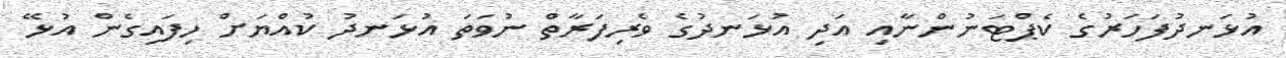
އުޅަނދުފަހަރުގެ ކެޕްޓަނުންނާއި އަދި އުޅަނދުގެ ވެރިފަރާތް ނުވަތަ އުޅަނދު ކުއްޔަށް ހިފައިގެން އުޅޭ